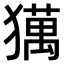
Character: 𤢥